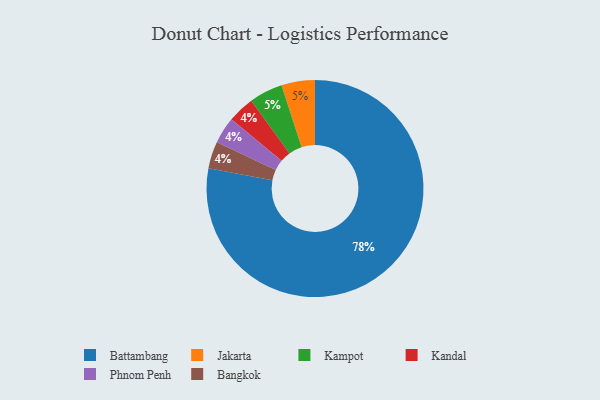
{"axis": {"x": "Category", "y": "Percentage"}, "legend": ["Bangkok", "Battambang", "Jakarta", "Kampot", "Kandal", "Phnom Penh"], "data": [{"x": "Kandal", "y": 4, "type": "Kandal"}, {"x": "Battambang", "y": 78, "type": "Battambang"}, {"x": "Jakarta", "y": 5, "type": "Jakarta"}, {"x": "Phnom Penh", "y": 4, "type": "Phnom Penh"}, {"x": "Kampot", "y": 5, "type": "Kampot"}, {"x": "Bangkok", "y": 4, "type": "Bangkok"}]}